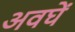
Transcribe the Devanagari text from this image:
अवघें